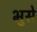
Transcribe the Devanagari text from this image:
भुसे